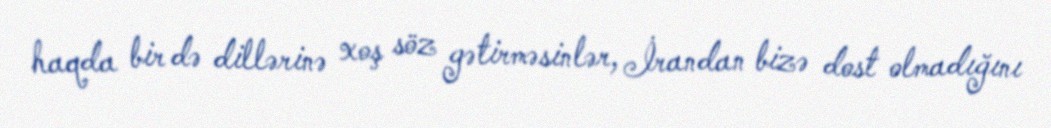
haqda bir də dillərinə xoş söz gətirməsinlər, İrandan bizə dost olmadığını